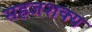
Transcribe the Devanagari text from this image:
सहजशक्‍य